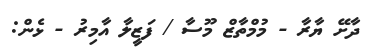
ދާށޭ ޔާރާ - މުމްތާޒް މޫސާ / ފަޒީލާ އާމިރު - ޅެން: